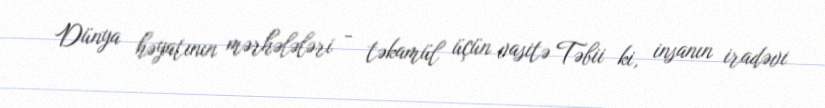
Dünya həyatının mərhələləri - təkamül üçün vasitə Təbii ki, insanın iradəvi